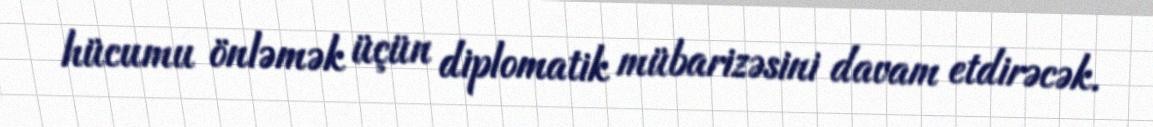
hücumu önləmək üçün diplomatik mübarizəsini davam etdirəcək.